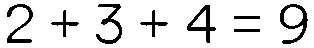
2 + 3 + 4 = 9